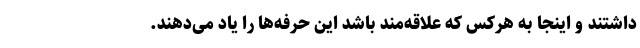
داشتند و اینجا به هرکس که علاقه‌مند باشد این حرفه‌ها را یاد می‌دهند.